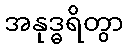
အနုဒ္ဓရိတွာ